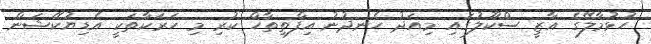
ހުޅުމާލޭގެ ޣާޒީ ސްކޫލުގައި މިއަދު ހެނދުނު އިފްތިތާހް ކުރި މި ހަރަކާތަކީ އެޑިޔުކޭޝަން